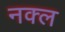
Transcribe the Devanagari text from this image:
नक्ल